Report of the Indian Hemp Drugs Commission, 1894-1895 - Volume VIII
Year: 1894
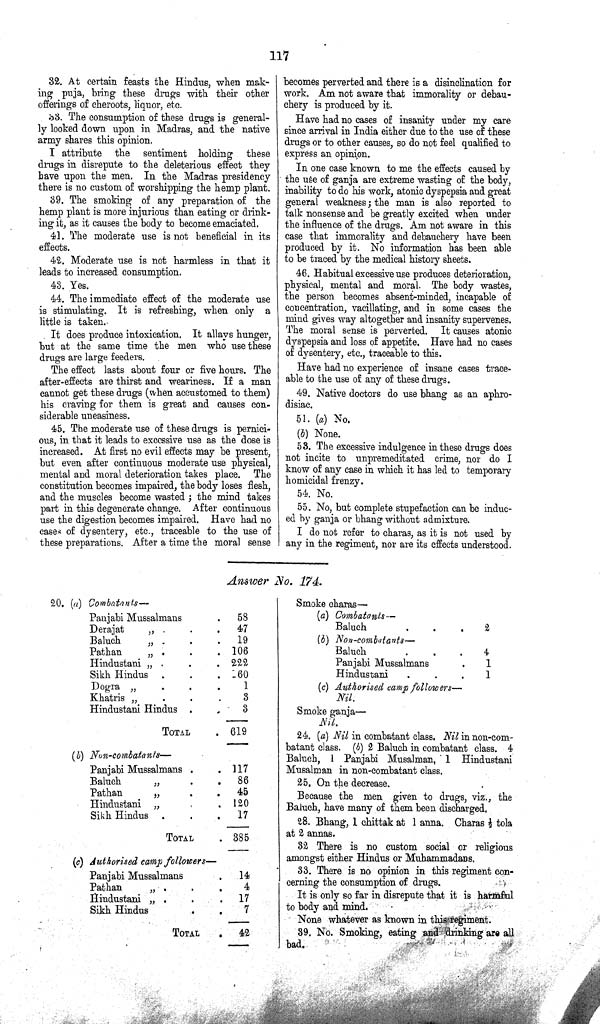
117
32. At certain feasts the Hindus, when mak¬
ing puja, bring these drugs with their other
offerings of cheroots, liquor, etc.
33. The consumption of these drugs is general¬
ly looked down upon in Madras, and the native
army shares this opinion.
I attribute the sentiment holding these
drugs in disrepute to the deleterious effect they
have upon the men. In the Madras presidency
there is no custom of worshipping the hemp plant.
39. The smoking of any preparation of the
hemp plant is more injurious than eating or drink¬
ing it, as it causes the body to become emaciated.
41. The moderate use is not beneficial in its
effects.
42. Moderate use is not harmless in that it
leads to increased consumption.
43. Yes.
44. The immediate effect of the moderate use
is stimulating. It is refreshing, when only a
little is taken.
It does produce intoxication. It allays hunger,
but at the same time the men who use these
drugs are large feeders.
The effect lasts about four or five hours. The
after-effects are thirst and weariness. If a man
cannot get these drugs (when accustomed to them)
his craving for them is great and causes con¬
siderable uneasiness.
45. The moderate use of these drugs is pernici¬
ous, in that it leads to excessive use as the dose is
increased. At first no evil effects may be present,
but even after continuous moderate use physical,
mental and moral deterioration takes place. The
constitution becomes impaired, the body loses flesh,
and the muscles become wasted; the mind takes
part in this degenerate change. After continuous
use the digestion becomes impaired. Have had no
cases of dysentery, etc., traceable to the use of
these preparations. After a time the moral sense
becomes perverted and there is a disinclination for
work. Am not aware that immorality or debau-
chery is produced by it.
Have had no cases of insanity under my care
since arrival in India either due to the use of these
drugs or to other causes, so do not feel qualified to
express an opinion.
In one case known to me the effects caused by
the use of ganja are extreme wasting of the body,
inability to do his work, atonic dyspepsia and great
general weakness; the man is also reported to
talk nonsense and be greatly excited when under
the influence of the drugs. Am not aware in this
case that immorality and debauchery have been
produced by it. No information has been able
to be traced by the medical history sheets.
46. Habitual excessive use produces deterioration,
physical, mental and moral. The body wastes,
the person becomes absent-minded, incapable of
concentration, vacillating, and in some cases the
mind gives way altogether and insanity supervenes.
The moral sense is perverted. It causes atonic
dyspepsia and loss of appetite. Have had no cases
of dysentery, etc., traceable to this.
Have had no experience of insane cases trace¬
able to the use of any of these drugs.
49. Native doctors do use bhang as an aphro¬
disiac.
51. (a) No.
(b) None.
53. The excessive indulgence in these drugs does
not incite to unpremeditated crime, nor do I
know of any case in which it has led to temporary
homicidal frenzy.
54. No.
55. No, but complete stupefaction can be induc¬
ed by ganja or bhang without admixture.
I do not refer to charas, as it is not used by
any in the regiment, nor are its effects understood.
Answer No. 174.
20. (a) Combatants—
Panjabi Mussalmans
58
Derajat "
47
Baluch "
19
Pathan "
106
Hindustani "
222
Sikh Hindus
160
Dogra "
1
Khatris "
3
Hindustani Hindus
3
TOTAL
619
(b) Non-combatants—
Panjabi Mussalmans
117
Baluch
"
86
Pathan
"
45
Hindustani "
120
Sikh Hindus
17
TOTAL
385
(c) Authorised camp followers—
Panjabi Mussalmans
14
Pathan "
4
Hindustani "
17
Sikh Hindus
7
TOTAL
42
Smoke charas —
(a) Combatants—
Baluch
2
(b) Non-combatants—
Baluch
4
Panjabi Mussalmans
1
Hindustani
1
(c) Authorised camp followers
Nil.
Smoke ganja—
Nil.
24. (a) Nil in combatant class. Nil in non-com¬
batant class. (b) 2 Baluch in combatant class. 4
Baluch, 1 Panjabi Musalman, 1 Hindustani
Musalman in non-combatant class.
25. On the decrease.
Because the men given to drugs, viz., the
Baluch, have many of them been discharged.
28. Bhang, 1 chittak at 1 anna. Charas 1/2 tola
at 2 annas.
32 There is no custom social or religious
amongst either Hindus or Muhammadans.
33. There is no opinion in this regiment con¬
cerning the consumption of drugs.
It is only so far in disrepute that it is harmful
to body and mind.
None whatever as known in this regiment.
39. No. Smoking, eating and drinking are all
bad.